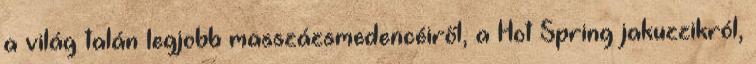
a világ talán legjobb masszázsmedencéiről, a Hot Spring jakuzzikról,